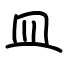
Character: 皿